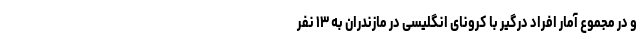
و در مجموع آمار افراد درگیر با کرونای انگلیسی در مازندران به ۱۳ نفر